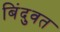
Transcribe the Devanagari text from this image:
बिंदुवत